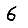
Digit: 6